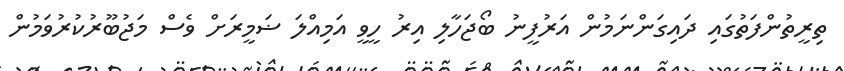
ތިރީތުންފަތުގައި ދައިގަންނަމުން އަރުފީނު ބޯޖަހާލި އިރު ހީވީ އަމިއްލަ ޟަމީރަށް ވެސް މަޖުބޫރުކުރުވަމުން